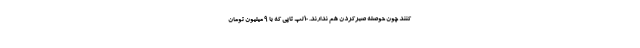
کنند چون حوصله صبرکردن هم ندارند. 10 لپ تاپی که با 9 میلیون تومان